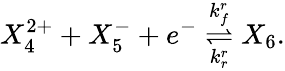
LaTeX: X_{4}^{2+}+X_{5}^{-}+e^{-}\overset{k_{f}^{r}}{\underset{k_{r}^{r}}{\rightleftharpoons}}X_{6}.